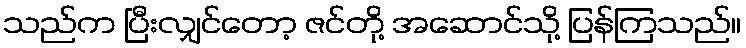
သည်က ပြီးလျှင်တော့ ဇင်တို့ အဆောင်သို့ ပြန်ကြသည်။